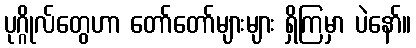
ပုဂ္ဂိုလ်တွေဟာ တော်တော်များများ ရှိကြမှာ ပဲနော်။